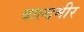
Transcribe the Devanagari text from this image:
वाल्दमीर